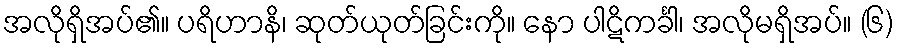
အလိုရှိအပ်၏။ ပရိဟာနိ၊ ဆုတ်ယုတ်ခြင်းကို။ နော ပါဋိကင်္ခါ၊ အလိုမရှိအပ်။ (၆)